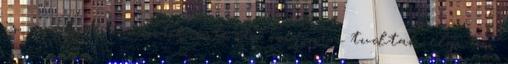
is, amelyek csütörtök este óta még nem tudtak eljutni